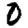
Digit: 0